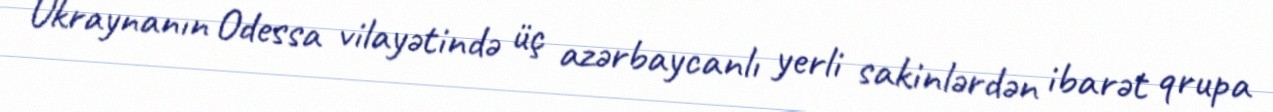
Ukraynanın Odessa vilayətində üç azərbaycanlı yerli sakinlərdən ibarət qrupa